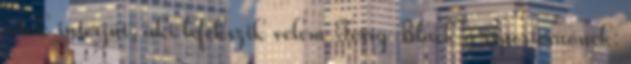
adok interjút, aki lefekszik velem Terry Black a riporternőnek: